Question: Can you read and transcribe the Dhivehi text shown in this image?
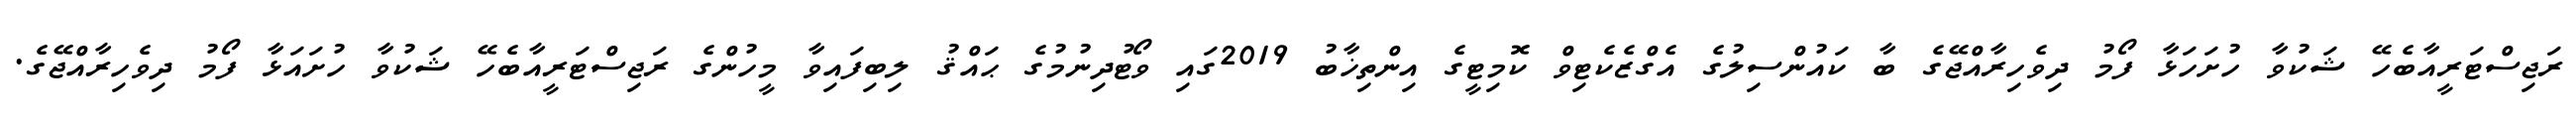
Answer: ރަޖިސްޓަރީއާބެހޭ ޝަކުވާ ހުށަހަޅާ ފޯމު ދިވެހިރާއްޖޭގެ ބާ ކައުންސިލުގެ އެގްޒެކެޓިވް ކޮމިޓީގެ އިންތިޚާބު 2019ގައި ވޯޓުދިނުމުގެ ޙައްޤު ލިބިފައިވާ މީހުންގެ ރަޖިސްޓަރީއާބެހޭ ޝަކުވާ ހުށައަޅާ ފޯމު ދިވެހިރާއްޖޭގެ.